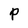
Character: P